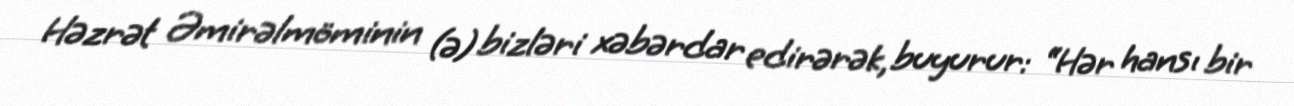
Həzrət Əmirəlmöminin (ə) bizləri xəbərdar edirərək, buyurur: “Hər hansı bir